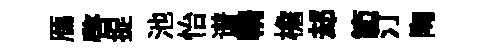
鴈啓捉池怡谱輈檐𨚫節汀陶